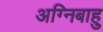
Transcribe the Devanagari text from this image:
अग्निबाहु